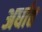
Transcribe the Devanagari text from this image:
अर्धात